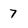
Character: 7